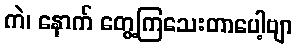
ကဲ၊ နောက် တွေ့ကြသေးတာပေါ့ဗျာ